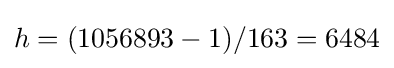
h=(1056893-1)/163=6484